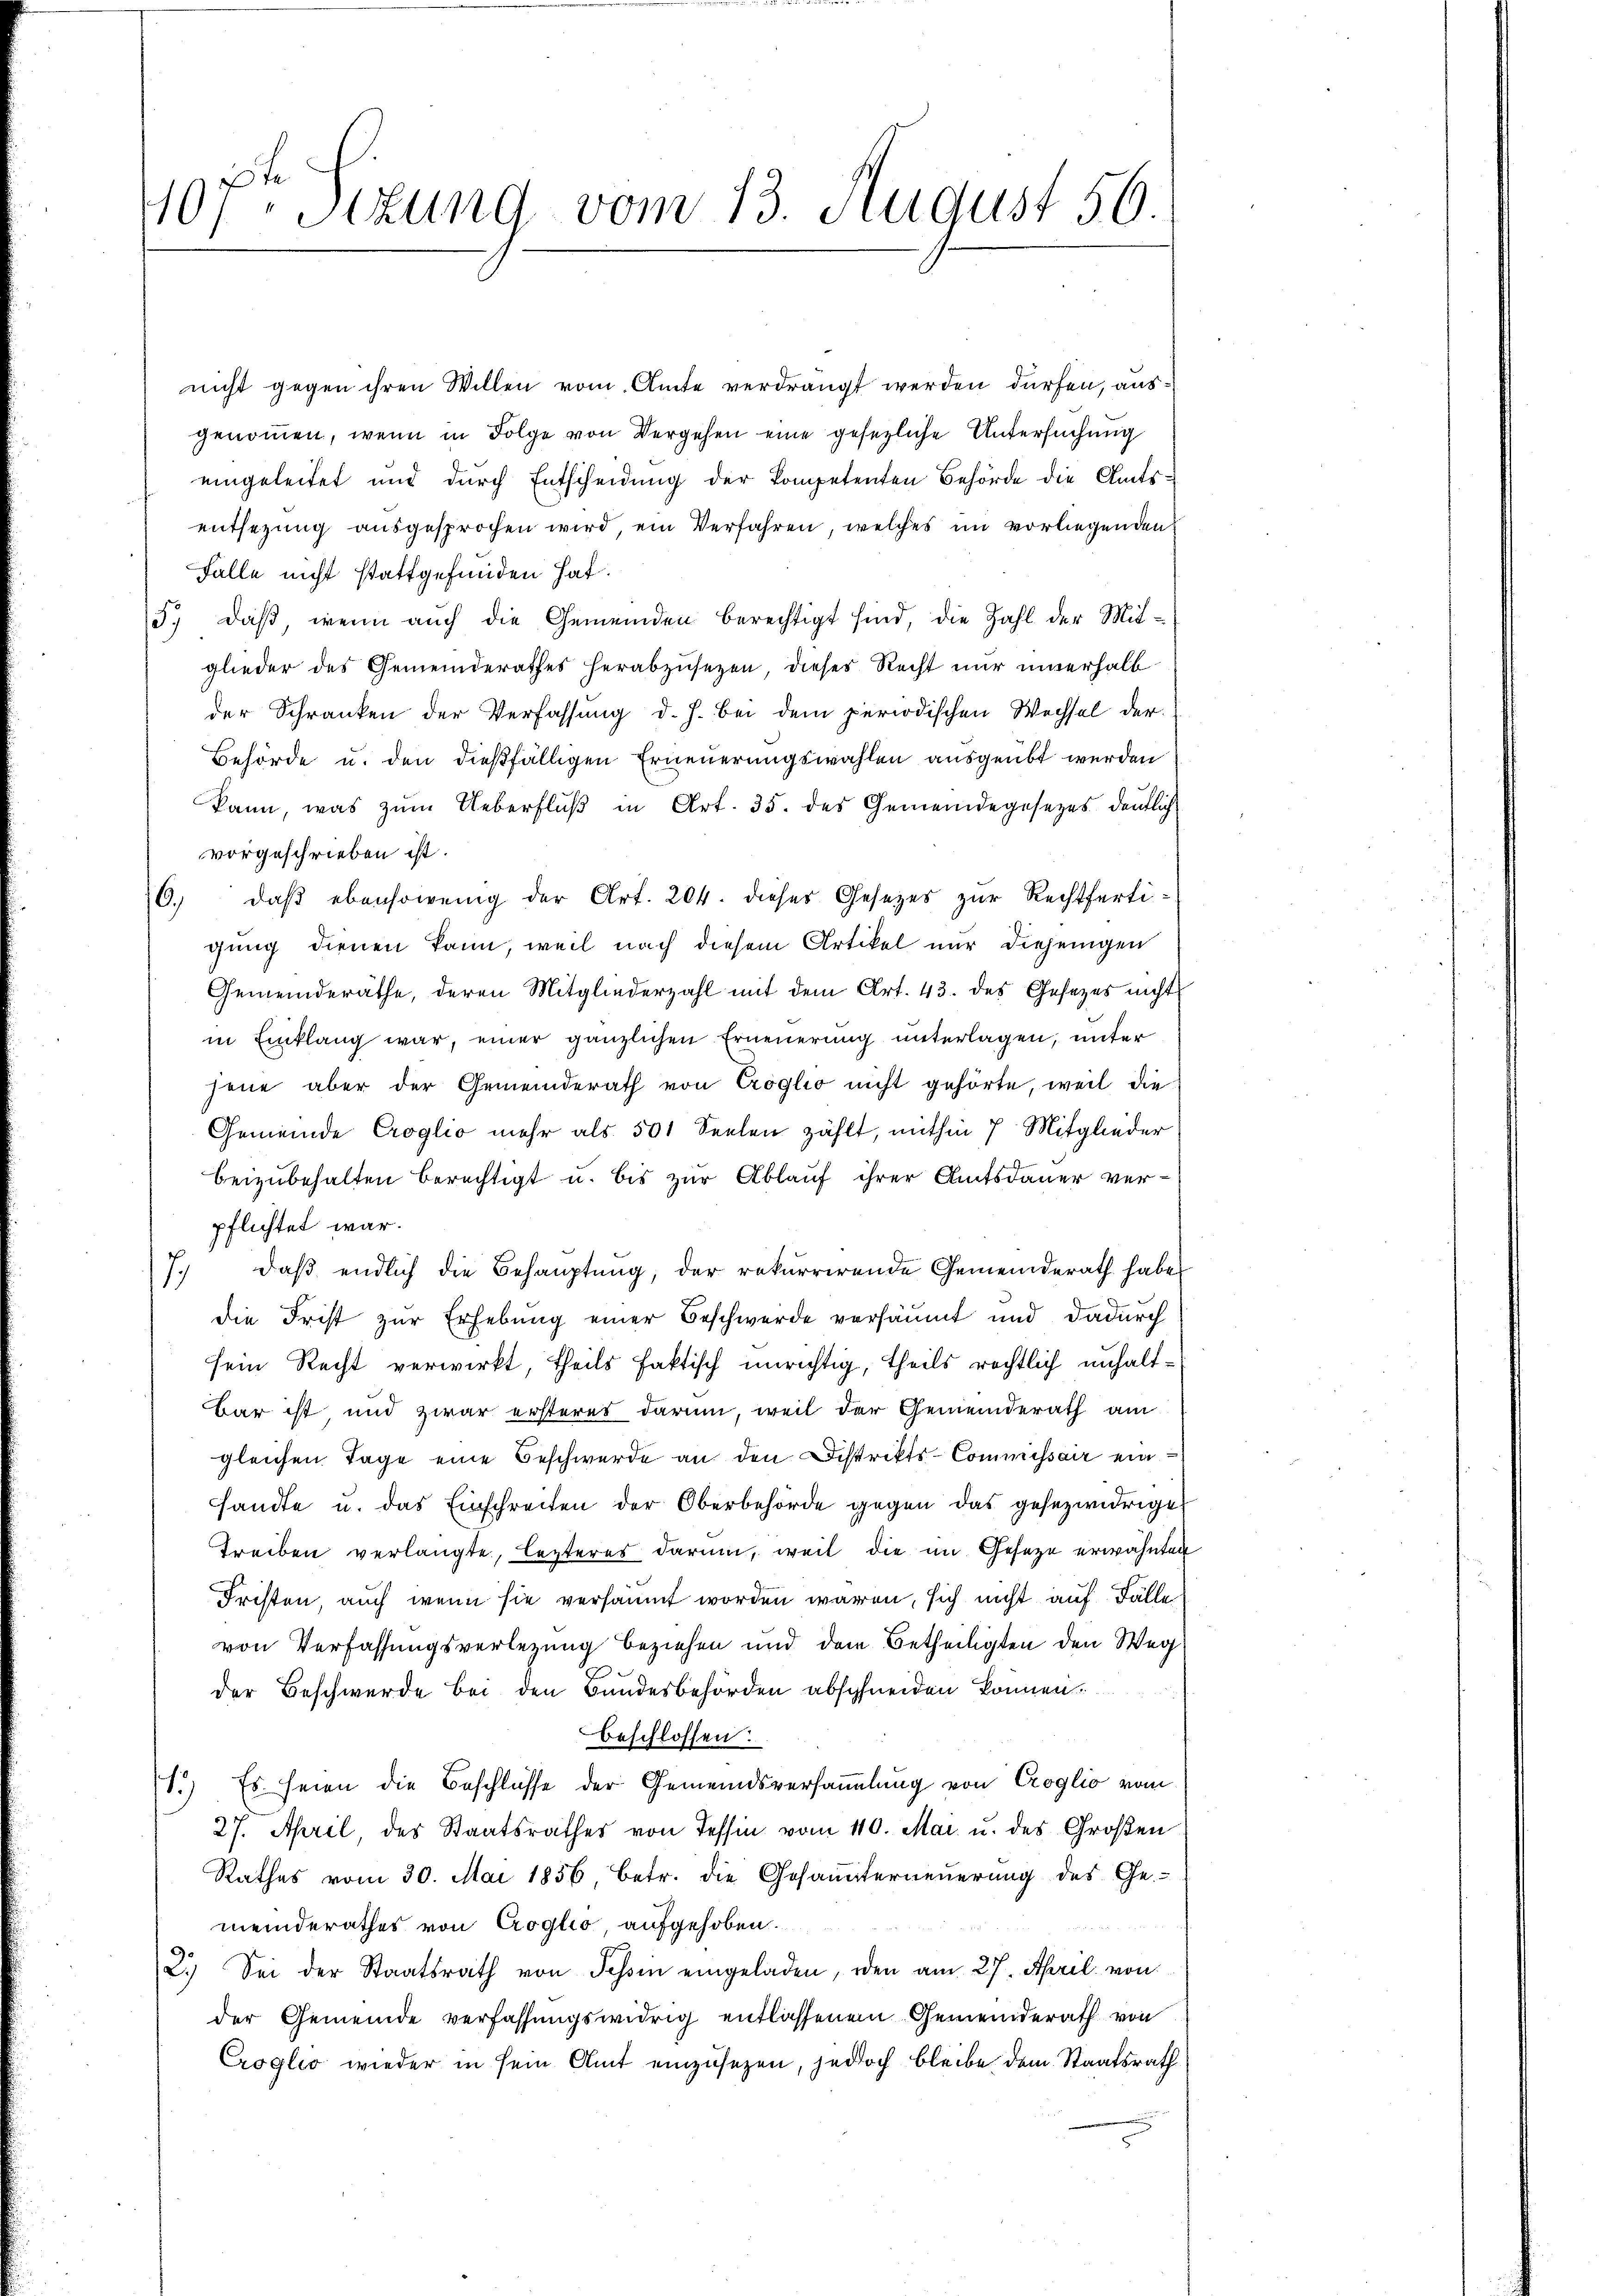
407. Sitzung vom 13. August 56.

nicht gegen ihren Willen vom Amte verdrängt werden dürfen, ausgenommen, wenn in Folge von Vergehen eine gesezliche Untersuchung
eingeleitet und durch Entscheidung der kompetenten Behörde die Amtsentsezung ausgesprochen wird, ein Verfahren, welches im vorliegenden
Falle nicht stattgefunden hat.
5., daß, wenn auch die Gemeinden berechtigt sind, die Zahl der Mitglieder des Gemeinderathes herabzusetzen, dieses Recht nur innerhalb
der Schranken der Verfassung d. h. bei dem periodischen Wechsel der
Behörde u. den dießfälligen Erneuerungswahlen ausgeübt werden
kann, was zŭm Ueberflŭβ in Art. 35. des Gemeindegesetzes deutlich
vorgeschrieben ist.
6) daß ebensowenig der Art. 204. dieses Gesetzes zur Rechtfertigung dienen kann, weil nach diesem Artikel nur diejenigen
Gemeinderäthe, deren Mitgliederzahl mit dem Art. 43. des Gesetzes nicht
in Einklang war, einer gänzlichen Erneuerung unterlagen, unter
jene aber der Gemeinderath von Croglio nicht gehörte, weil die
Gemeinde Croglio mehr als 501 Seelen zählt, mithin 7 Mitglieder
beizubehalten berechtigt u. bis zur Ablauf ihrer Amtsdauer verpflichtet war.
7. daβ endlich die Behauptung, der rekurrirende Gemeinderath habe
die Frist zur Erhebung einer Beschwerde versäumt und dadurch
sein Recht verwirkt, theils faktisch unrichtig, theils rechtlich unhalt¬
Bar ist und zwar ersteres darum, weil der Gemeinderath am
gleichen Tage eine Beschwerde an den Distrikts-Commissair ein
sandte u. das Einschreiten der Oberbehörde gegen das gesezwidrige
Treiben verlangte, lezteres darum, weil die im Gesetze erwähnten
Fristen, auch wenn sie versäumt worden waren, sich nicht auf Fälle
von Verfassungsverlegung beziehen und dem Betheiligten den Weg
der Beschwerde bei den Bundesbehörden abschneiden können.
beschlossen:
1.) Es seien die Beschlüsse der Gemeindsversammlung von Croglio vom
27. April, des Staatsrathes von Tessin vom 10. Mai. u. des Großen
Rathes vom 30. Mai 1856, betr. die Gesamterneuerung des Ge-
meinderathes von Croglio aufgehoben.
2.) Sei der Staatsrath von Tessin eingeladen, oder am 27. April von
der Gemeinde verfassungswidrig entlassene Gemeinderath von
Croglio wieder in sein Amt einzusezen, jedoch bleibe dem Staatsrath